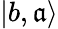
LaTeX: |b,\mathfrak{a}\rangle